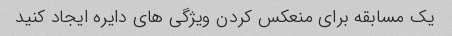
یک مسابقه برای منعکس کردن ویژگی های دایره ایجاد کنید